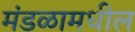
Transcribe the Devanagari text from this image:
मंडळामधील